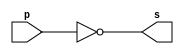
// ------------------------- 
// Exercicio06
// Nome: Samuel Eusbio da Silva
// -------------------------

	module exercicio06 (output [7:0] s, input [7:0] p);
	assign s = ~p;
	endmodule // exercicio06 

	module test_exercicio06; 
	// ------------------------- definir dados 
	reg [7:0] a; 
	wire [7:0] s; 
	
	exercicio06 TEST1 (s, a);
	
	initial begin:start
	a=0;
	end
	
	// ------------------------- parte principal 
	initial begin:main
	$display("Exercicio06 - Samuel Eusbio da Silva - 435055"); 
	$display("Test");
	$monitor("Complemento de 1 de %8b = %8b", a, s);
	#1 a = 8'b01010100;
	#1 a = 8'b11101011;
	#1 a = 8'b01011001;

	end 
	endmodule // test_exercicio06